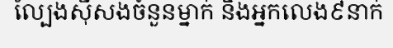
ល្បែងស៊ីសងចំនួនម្នាក់ និងអ្នកលេង៩នាក់